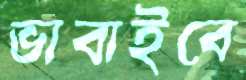
ভাবাইবে